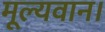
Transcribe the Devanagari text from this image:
मूल्यवान।